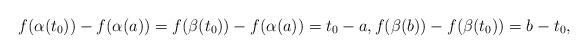
LaTeX: \begin{align*}f(\alpha(t_0))-f(\alpha(a))=f(\beta(t_0))-f(\alpha(a))=t_0-a,f(\beta(b))-f(\beta(t_0))=b-t_0,\end{align*}